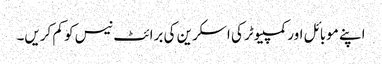
اپنے موبائل اور کمپیوٹر کی اسکرین کی برائٹ نیس کو کم کریں۔